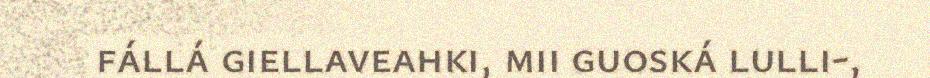
fállá giellaveahki, mii guoská lulli-,